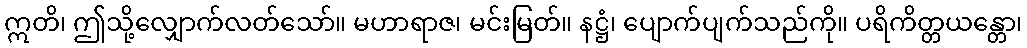
ဣတိ၊ ဤသို့လျှောက်လတ်သော်။ မဟာရာဇ၊ မင်းမြတ်။ နဋ္ဌံ၊ ပျောက်ပျက်သည်ကို။ ပရိကိတ္တယန္တော၊